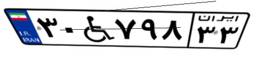
۴۷W۵۹۴۵۷